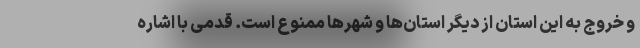
و خروج به این استان از دیگر استان‌ها و شهرها ممنوع است. قدمی با اشاره